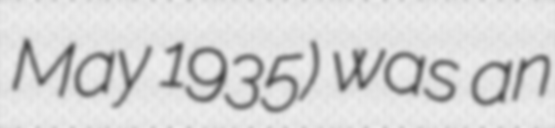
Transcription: May 1935) was an